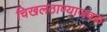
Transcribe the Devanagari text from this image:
चिखलठाण्याजवळ